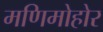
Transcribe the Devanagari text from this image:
मणिमोहोर